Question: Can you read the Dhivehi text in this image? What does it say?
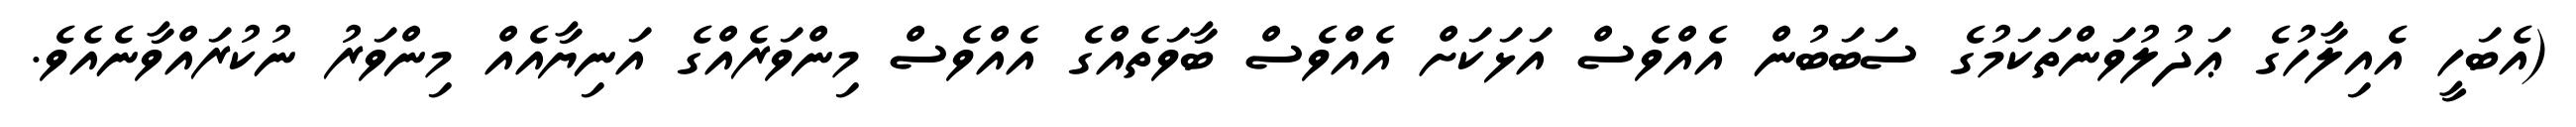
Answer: (އެބަހީ އެއިލާހުގެ ޢަދުލުވަންތަކަމުގެ ސަބަބުން އެއްވެސް އަޅަކަށް އެއްވެސް ބާވަތެއްގެ އެއްވެސް މިންވަރެއްގެ އަނިޔާއެއް މިންވަރު ނުކުރައްވާނެއެވެ.